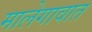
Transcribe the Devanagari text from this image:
मालेगावात